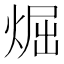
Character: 煀